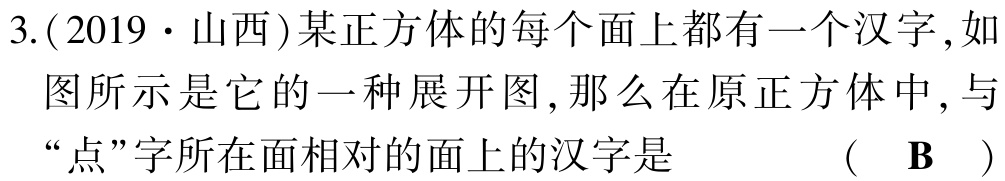
3.(2019·山西)某正方体的每个面上都有一个汉字,如图所示是它的一种展开图,那么在原正方体中,与“点”字所在面相对的面上的汉字是  （ B ）